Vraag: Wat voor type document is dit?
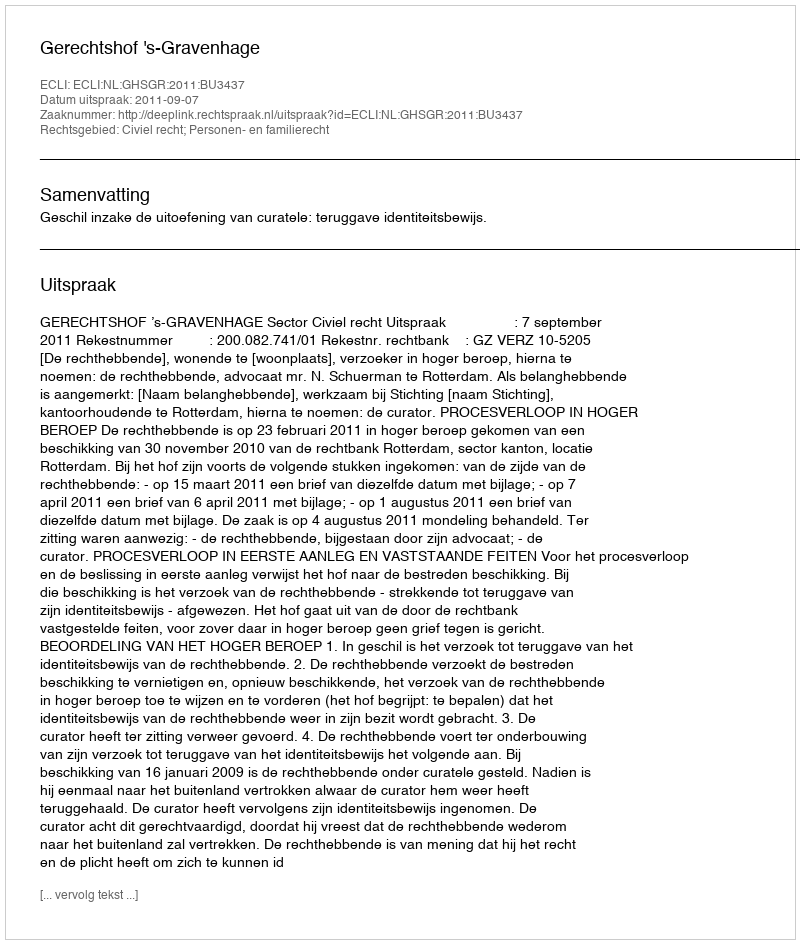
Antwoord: Uitspraak